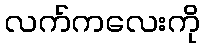
လက်ကလေးကို